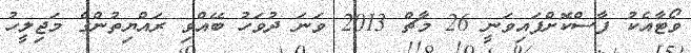
ވޯޓާއެކު ފާސްކޮށްފައިވަނީ 26 މާޗް 2013 ވަނަ ދުވަހު ބޭއްވި ރައްޔިތުންގެ މަޖިލީހު